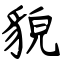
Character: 貌